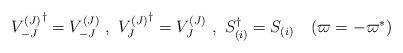
LaTeX: \begin{align*}{V_{-J}^{(J)}}^{\dag} =V_{-J}^{(J)} \ , \ {V_J^{(J)}}^{\dag} =V_J^{(J)} \ ,\ S_{(i)}^{\dag} =S_{(i)} \quad (\varpi=-\varpi^\ast)\end{align*}